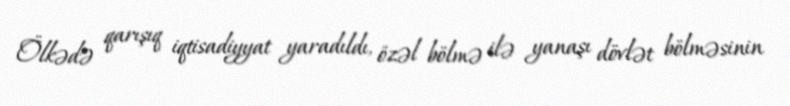
Ölkədə qarışıq iqtisadiyyat yaradıldı, özəl bölmə ilə yanaşı dövlət bölməsinin